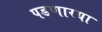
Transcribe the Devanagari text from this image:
पडणारया